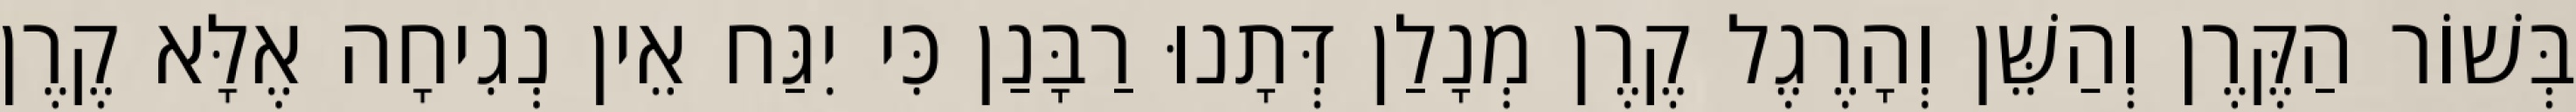
בְּשׁוֹר הַקֶּרֶן וְהַשֵּׁן וְהָרֶגֶל קֶרֶן מְנָלַן דְּתָנוּ רַבָּנַן כִּי יִגַּח אֵין נְגִיחָה אֶלָּא קֶרֶן